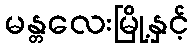
မန္တလေးမြို့နှင့်